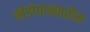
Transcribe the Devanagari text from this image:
खेडोपाड्यातील